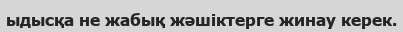
ыдысқа не жабық жәшіктерге жинау керек.